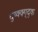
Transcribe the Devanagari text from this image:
द्य्क्क्ग्द्क